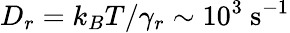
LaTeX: D_{r}=k_{B}T/\gamma_{r}\sim 10^{3}~\mathrm{s^{-1}}